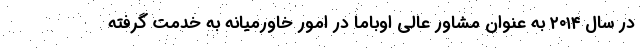
در سال ۲۰۱۴ به عنوان مشاور عالی اوباما در امور خاورمیانه به خدمت گرفته